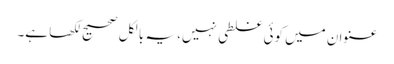
عنوان میں کوئی غلطی نہیں، یہ بالکل صحیح لکھا ہے۔